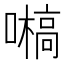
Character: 𡂀